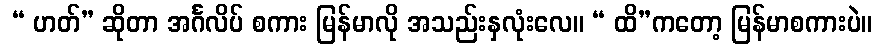
 “ ဟတ်” ဆိုတာ အင်္ဂလိပ် စကား မြန်မာလို အသည်းနှလုံးလေ။ “ ထိ”ကတော့ မြန်မာစကားပဲ။